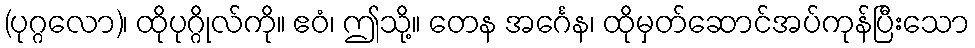
(ပုဂ္ဂလော)၊ ထိုပုဂ္ဂိုလ်ကို။ ဧဝံ၊ ဤသို့။ တေန အင်္ဂေန၊ ထိုမှတ်ဆောင်အပ်ကုန်ပြီးသော